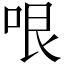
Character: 哏